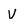
Character: V